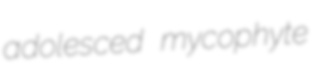
adolesced mycophyte